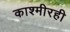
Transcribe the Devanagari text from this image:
काश्मीरही